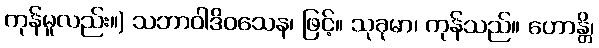
ကုန်မူလည်း။) သဘာဝါဒိဝသေန၊ ဖြင့်။ သုခုမာ၊ ကုန်သည်။ ဟောန္တိ၊